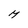
Character: M